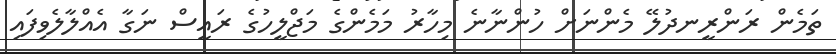
ތަމެން ރަންރީނދުލޭ މެންނަށް ހުންނާނެ މިހާރު މަމެންގެ މަޖްލީހުގެ ރައީސް ނަގާ އެއްލާލެވިފައި